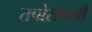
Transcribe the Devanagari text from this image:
तपोसथली